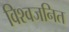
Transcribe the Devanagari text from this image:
विश्वजनित